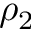
\rho _ { 2 }